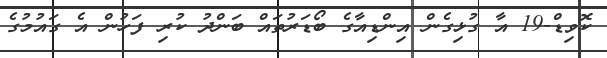
ކޮވިޑް-19 އާ ގުޅިގެން އިންޑިއާގެ ބޯޑަރުތައް ބަންދު ކުރި ފަހުން އެ ގައުމުގެ